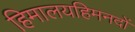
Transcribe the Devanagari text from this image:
हिमालयहिमनदों